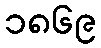
၁၈၆၉